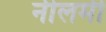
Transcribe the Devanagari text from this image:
नीलमी